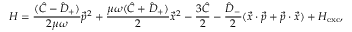
{ \cal H } = { \frac { ( \hat { C } - \hat { D } _ { + } ) } { 2 \mu \omega } } \vec { p } ^ { 2 } + { \frac { \mu \omega ( \hat { C } + \hat { D } _ { + } ) } { 2 } } \vec { x } ^ { 2 } - { \frac { 3 \hat { C } } { 2 } } - { \frac { \hat { D } _ { - } } { 2 } } ( \vec { x } \cdot \vec { p } + \vec { p } \cdot \vec { x } ) + { \cal H } _ { \mathrm { e x c } } ,